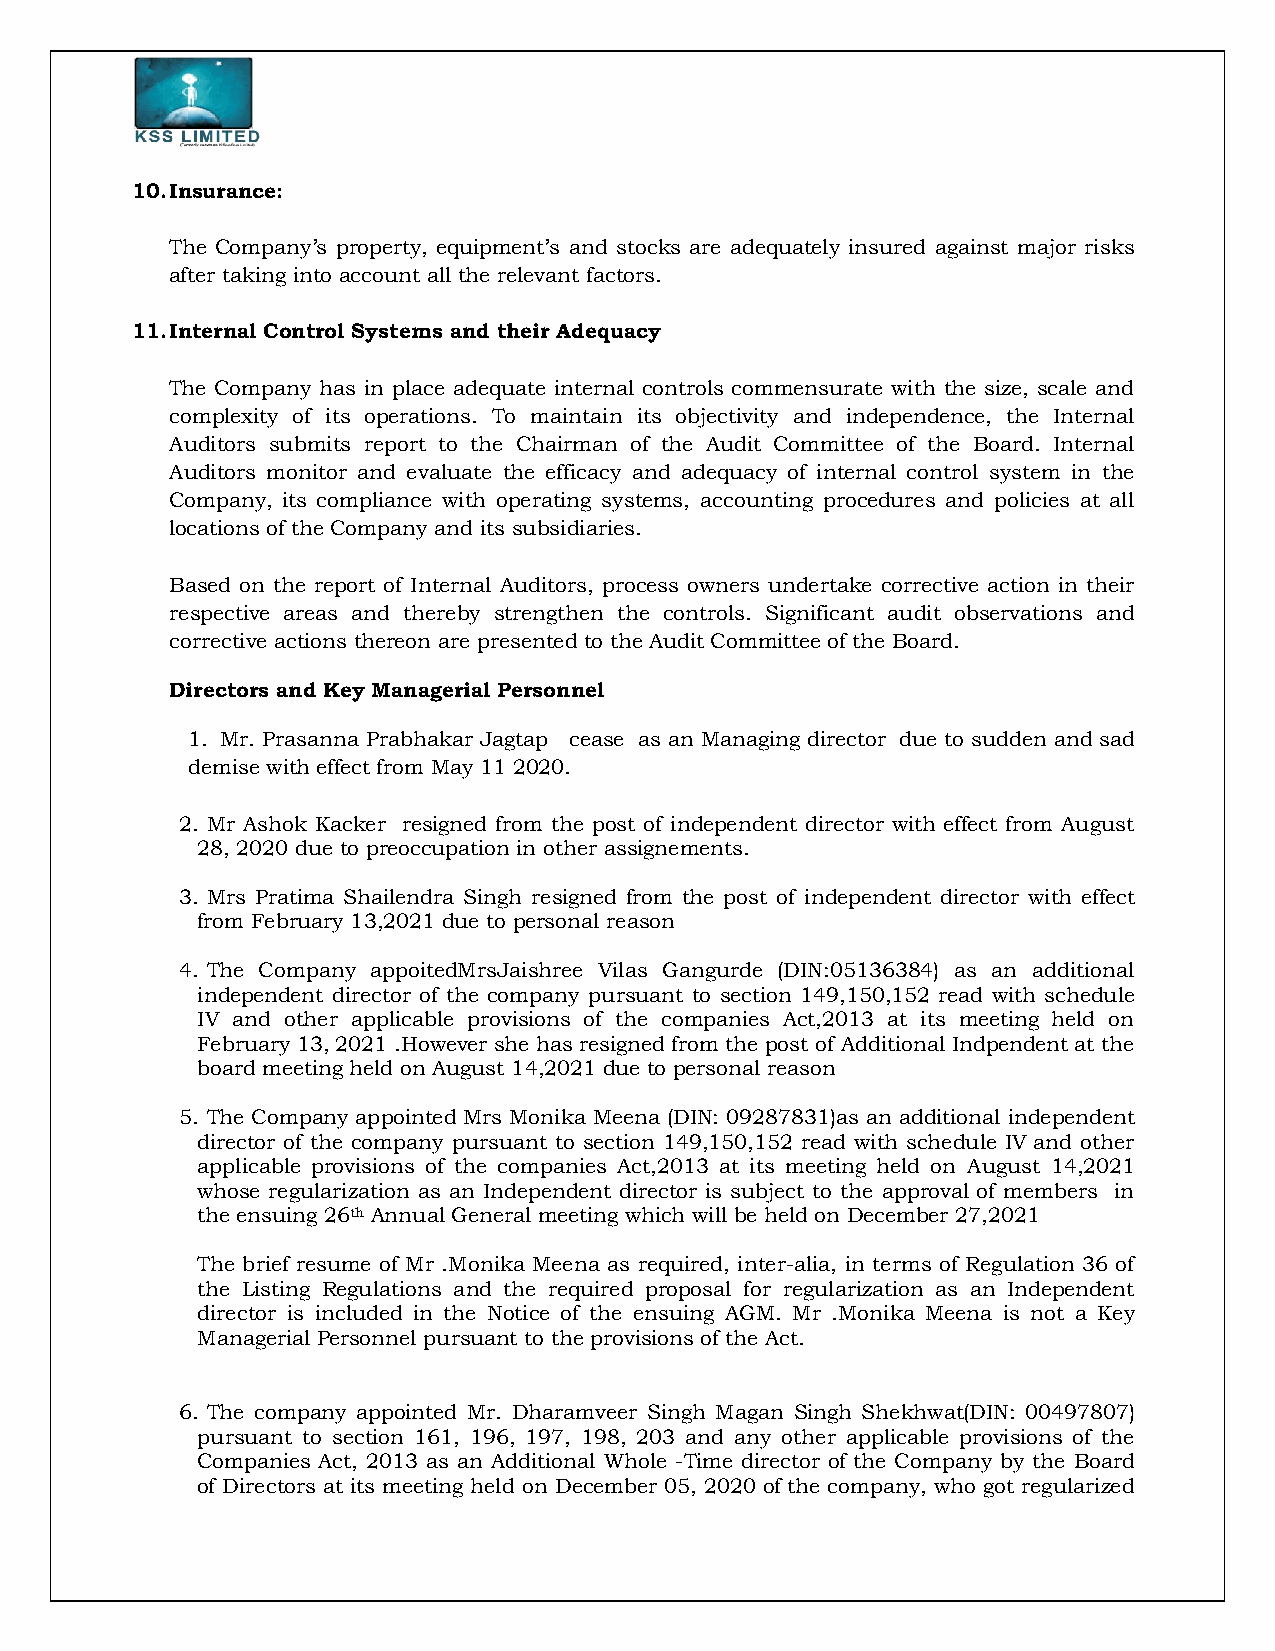
10. Insurance:
 The Company’s property, equipment’s and stocks are adequately insured against major risks
 after taking into account all the relevant factors.
 11. Internal Control Systems and their Adequacy
 The Company has in place adequate internal controls commensurate with the size, scale and
 complexity of its operations. To maintain its objectivity and independence, the Internal
 Auditors submits report to the Chairman of the Audit Committee of the Board. Internal
 Auditors monitor and evaluate the efficacy and adequacy of internal control system in the
 Company, its compliance with operating systems, accounting procedures and policies at all
 locations of the Company and its subsidiaries.
 Based on the report of Internal Auditors, process owners undertake corrective action in their
 respective areas and thereby strengthen the controls. Significant audit observations and
 corrective actions thereon are presented to the Audit Committee of the Board.
 Directors and Key Managerial Personnel
 1. Mr. Prasanna Prabhakar Jagtap cease as an Managing director due to sudden and sad
 demise with effect from May 11 2020.
 2. Mr Ashok Kacker resigned from the post of independent director with effect from August
 28, 2020 due to preoccupation in other assignements.
 3. Mrs Pratima Shailendra Singh resigned from the post of independent director with effect
 from February 13,2021 due to personal reason
 4. The Company appoitedMrsJaishree Vilas Gangurde (DIN:05136384) as an additional
 independent director of the company pursuant to section 149,150,152 read with schedule
 IV and other applicable provisions of the companies Act,2013 at its meeting held on
 February 13, 2021 .However she has resigned from the post of Additional Indpendent at the
 board meeting held on August 14,2021 due to personal reason
 5. The Company appointed Mrs Monika Meena (DIN: 09287831)as an additional independent
 director of the company pursuant to section 149,150,152 read with schedule IV and other
 applicable provisions of the companies Act,2013 at its meeting held on August 14,2021
 whose regularization as an Independent director is subject to the approval of members in
 the ensuing 26th Annual General meeting which will be held on December 27,2021
 The brief resume of Mr .Monika Meena as required, inter-alia, in terms of Regulation 36 of
 the Listing Regulations and the required proposal for regularization as an Independent
 director is included in the Notice of the ensuing AGM. Mr .Monika Meena is not a Key
 Managerial Personnel pursuant to the provisions of the Act.
 6. The company appointed Mr. Dharamveer Singh Magan Singh Shekhwat(DIN: 00497807)
 pursuant to section 161, 196, 197, 198, 203 and any other applicable provisions of the
 Companies Act, 2013 as an Additional Whole -Time director of the Company by the Board
 of Directors at its meeting held on December 05, 2020 of the company, who got regularized